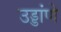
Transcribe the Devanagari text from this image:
उड्डांणे